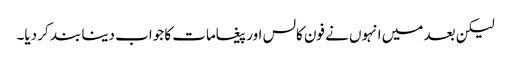
لیکن بعد میں انہوں نے فون کالس اور پیغامات کا جواب دینا بند کر دیا۔